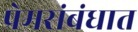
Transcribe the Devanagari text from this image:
प्रेमसंबंधात